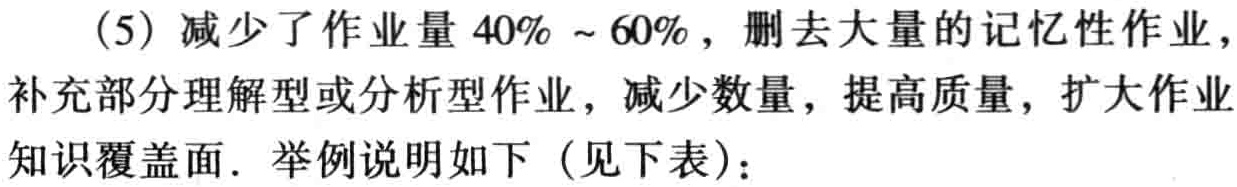
(5) 减少了作业量 \(40\% \sim 60\%\)，删去大量的记忆性作业，补充部分理解型或分析型作业，减少数量，提高质量，扩大作业知识覆盖面. 举例说明如下（见下表）：